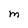
Character: M